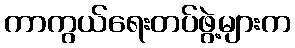
ကာကွယ်ရေးတပ်ဖွဲ့များက